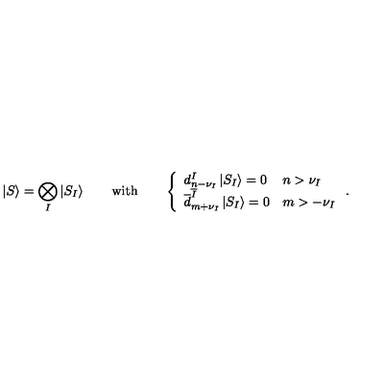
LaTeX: \left| S \right\rangle = \bigotimes _ { I } \left| S _ { I } \right\rangle \qquad \mathrm { w i t h } \qquad \left\{ \begin{array} { l l } { d _ { n - \nu _ { I } } ^ { I } \left| S _ { I } \right\rangle = 0 } & { n > \nu _ { I } } \\ { \overline { { d } } _ { m + \nu _ { I } } ^ { \overline { { I } } } \left| S _ { I } \right\rangle = 0 } & { m > - \nu _ { I } } \\ \end{array} \right. .